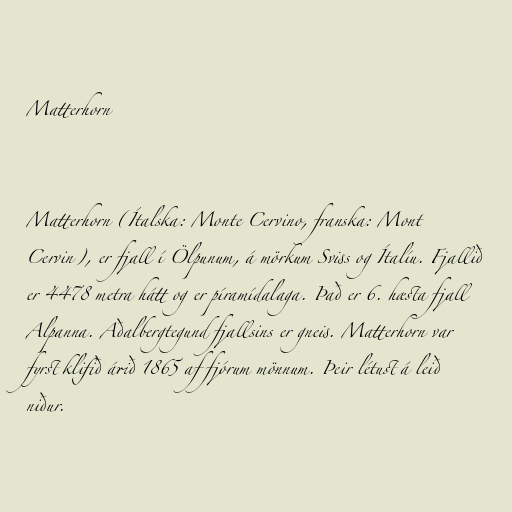
Matterhorn

Matterhorn (Ítalska: Monte Cervino, franska: Mont
Cervin), er fjall í Ölpunum, á mörkum Sviss og Ítalíu. Fjallið
er 4478 metra hátt og er píramídalaga. Það er 6. hæsta fjall
Alpanna. Aðalbergtegund fjallsins er gneis. Matterhorn var
fyrst klifið árið 1865 af fjórum mönnum. Þeir létust á leið
niður.